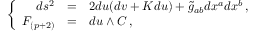
\left\{ \begin{array} { r c l } { { d s ^ { 2 } } } & { { = } } & { { 2 d u ( d v + K d u ) + \tilde { g } _ { a b } d x ^ { a } d x ^ { b } \, , } } \\ { { F _ { ( p + 2 ) } } } & { { = } } & { { d u \land C \, , } } \end{array} \right.